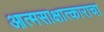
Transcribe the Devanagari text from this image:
आत्मसाक्षात्काराचा